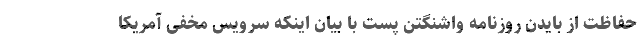
حفاظت از بایدن روزنامه واشنگتن پست با بیان اینکه سرویس مخفی آمریکا